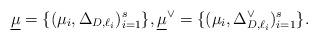
LaTeX: \begin{align*}\underline{\mu} = \{ (\mu_i, \Delta_{D, \ell_i})_{i=1}^{s} \},\underline{\mu}^{\vee} = \{ (\mu_i, \Delta^{\vee}_{D, \ell_i})_{i=1}^{s} \}.\end{align*}